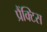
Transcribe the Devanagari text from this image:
प्रैंक्टिस